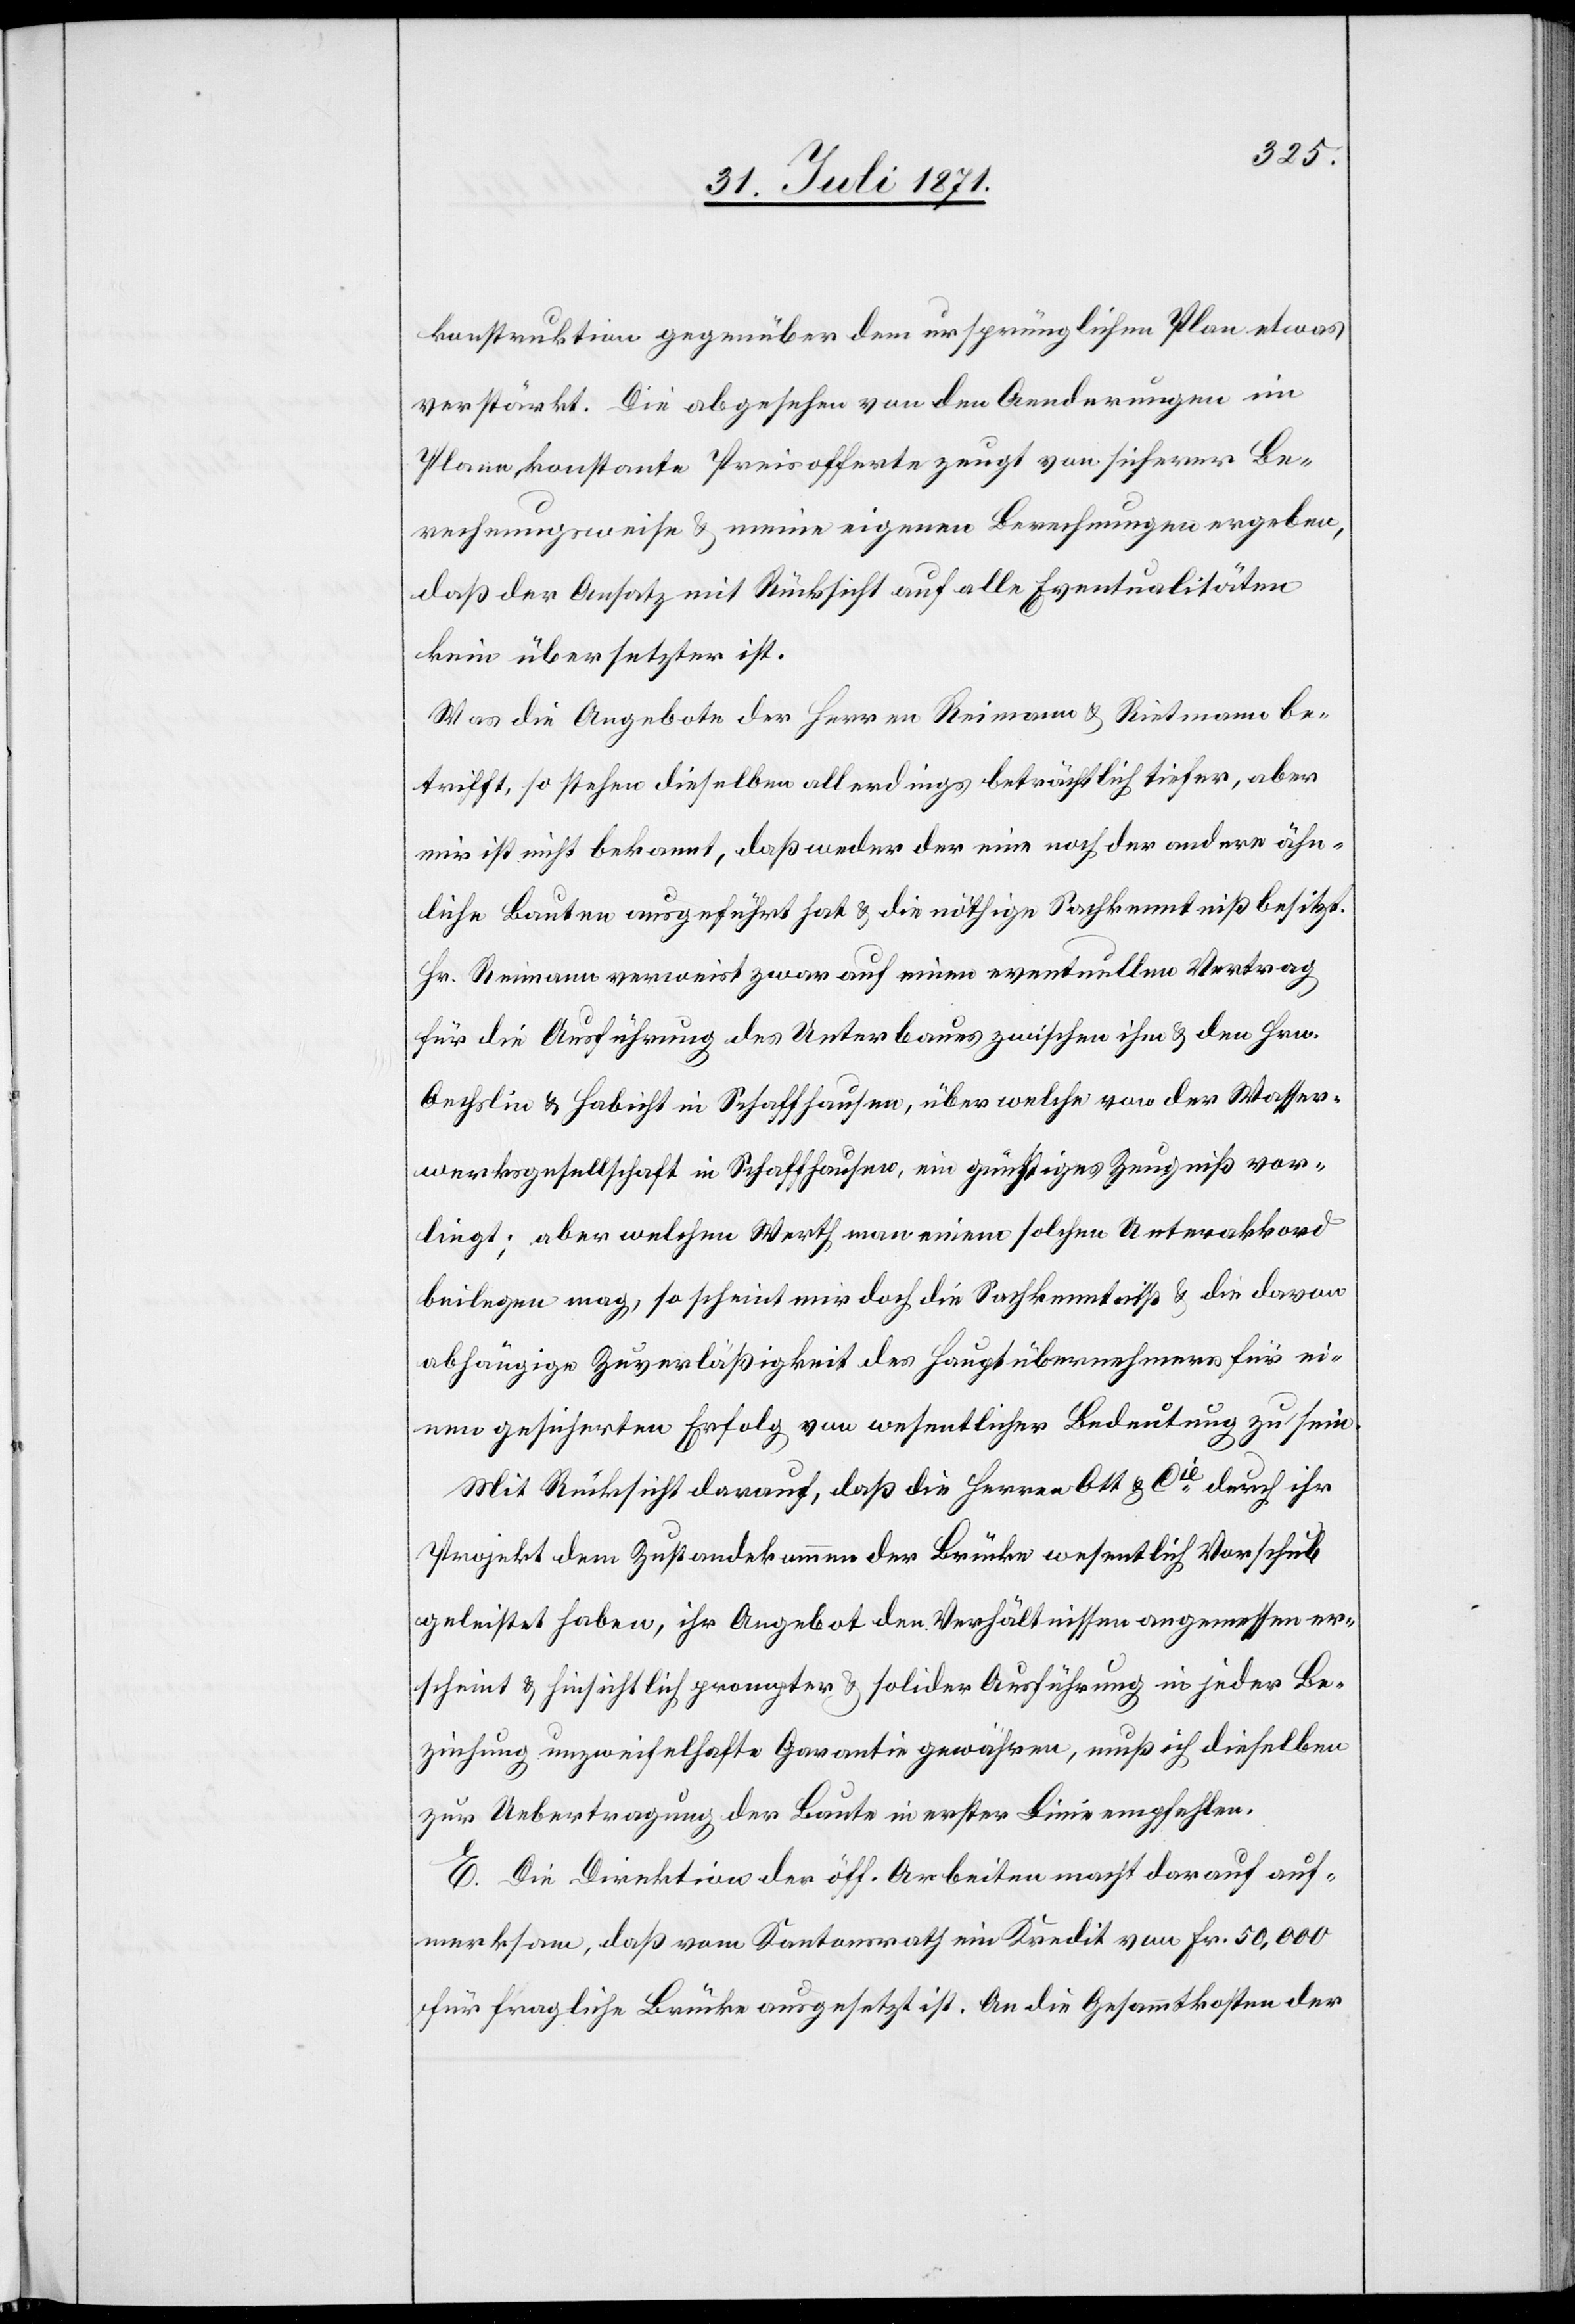
konstruktion gegenüber dem ursprünglichen Plan etwas
verstärkt. Die abgesehen von den Aenderungen im
Plane konstante Preisofferte zeugt von sicherer Be¬
rechnungsweise u. meine eigenen Berechnungen ergeben,
daß der Ansatz mit Rücksicht auf alle Eventualitäten
kein übersetzter ist.
Was die Angebote der Herren Reimann u. Rietmann be¬
trifft, so stehen dieselben allerdings beträchtlich tiefer, aber
mir ist nicht bekannt, daß weder der eine noch der andere ähn¬
liche Bauten ausgeführt hat u. die nöthige Sachkenntniß besitzt.
Hr. Reimann verweist zwar auf einen eventuellen Vertrag
für die Ausführung des Unterbaues zwischen ihm u. den Hrn.
Oechslin u. Habich in Schaffhausen, über welche von der Wasser¬
werksgesellschaft in Schaffhausen, ein günstiges Zeugniß vor¬
liegt; aber welchen Werth man einem solchen Unterakkord
beilegen mag, so scheint mir doch die Sachkenntniß u. die davon
abhängige Zuverläßigkeit des Hauptübernehmers für ei¬
nen gesicherten Erfolg von wesentlicher Bedeutung zu sein.
Mit Rücksicht darauf, daß die Herren Ott u. Cie. durch ihr
Projekt dem Zustandekommen der Brücke wesentlich Vorschub
geleistet haben, ihr Angebot den Verhältnissen angemessen er¬
scheint u. hinsichtlich prompter u. solider Ausführung in jeder Be¬
ziehung unzweifelhafte Garantie gewähren, muß ich dieselben
zur Uebertragung der Baute in erster Linie empfehlen.
E. Die Direktion der öff. Arbeiten macht darauf auf¬
merksam, daß vom Kantonsrath ein Kredit von Fr. 50,000
für fragliche Brücke ausgesetzt ist. An die Gesammtkosten der